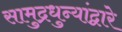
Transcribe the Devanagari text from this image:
सामुद्रधुन्यांद्वारे